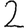
Digit: 2